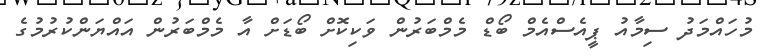
މުހައްމަދު ސިމާއު ޕީއެސްއެމް ބޯޑް މެމްބަރުން ވަކިކޮށް ބޯޑަށް އާ މެމްބަރުން އައްޔަންކުރުމުގެ